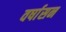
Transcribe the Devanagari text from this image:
वर्षासन